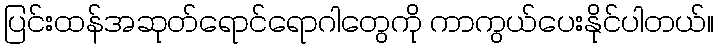
ပြင်းထန်အဆုတ်ရောင်ရောဂါတွေကို ကာကွယ်ပေးနိုင်ပါတယ်။